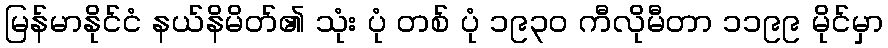
မြန်မာနိုင်ငံ နယ်နိမိတ်၏ သုံး ပုံ တစ် ပုံ ၁၉၃၀ ကီလိုမီတာ ၁၁၉၉ မိုင်မှာ